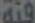
فئة